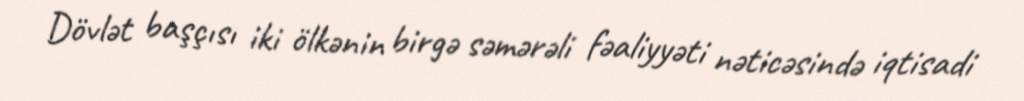
Dövlət başçısı iki ölkənin birgə səmərəli fəaliyyəti nəticəsində iqtisadi